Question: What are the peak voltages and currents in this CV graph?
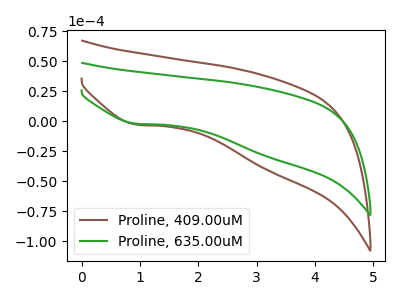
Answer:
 <answer>The brown curve "Proline, 409.00uM" has a cathodic peak at: (0.95V, -2.65uA). The green curve "Proline, 635.00uM" has a cathodic peak at: (0.95V, -1.95uA).</answer>
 <eval></eval>